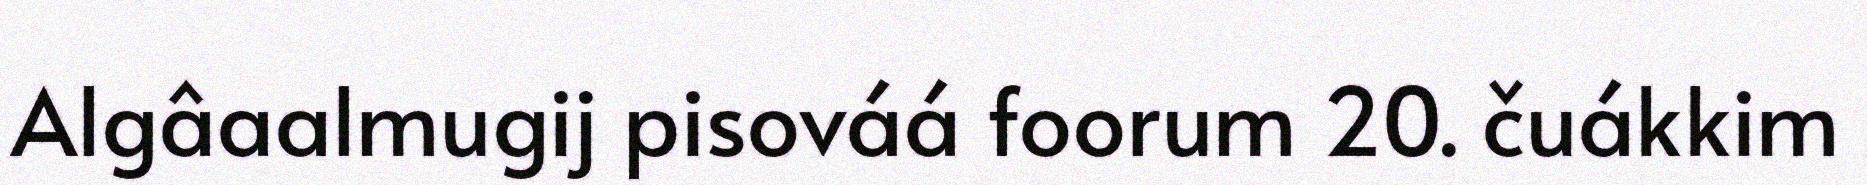
Algâaalmugij pisováá foorum 20. čuákkim